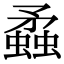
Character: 蟊